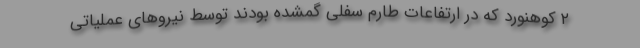
۲ کوهنورد که در ارتفاعات طارم سفلی گمشده بودند توسط نیروهای عملیاتی